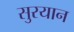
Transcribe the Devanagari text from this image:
सुरयान